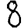
Digit: 8